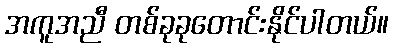
အကူအညီ တစ်ခုခုတောင်းနိုင်ပါတယ်။